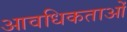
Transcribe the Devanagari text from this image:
आवधिकताओं